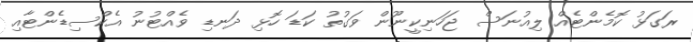
ރަގަޅު ކޮމެންޓެއް ލިއުނަަސް ޖަހަނިކީނޫން ވަގުތު ކަޑަ ހޮޅި ދަނޑި ވެއްޓުނު އެކްސިޑެންޓާއި